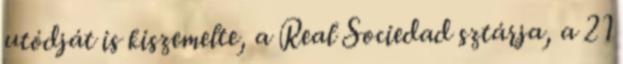
utódját is kiszemelte, a Real Sociedad sztárja, a 21